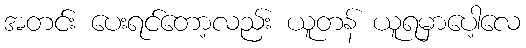
အတင်း ပေးရင်တော့လည်း ယူတန် ယူရမှာပေါ့လေ